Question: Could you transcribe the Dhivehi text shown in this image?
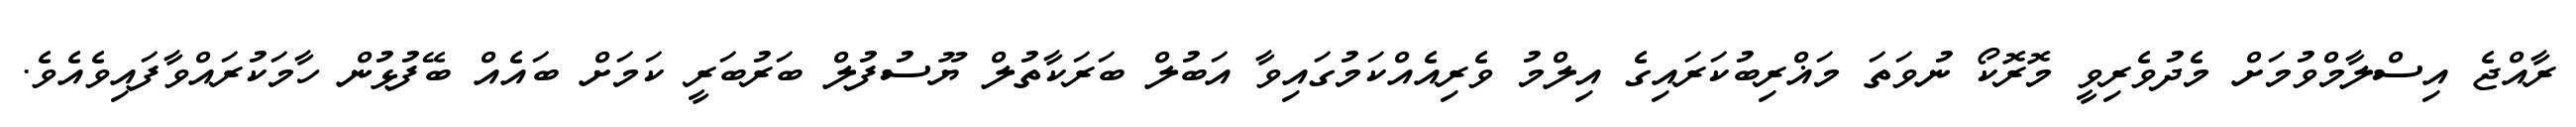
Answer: ރާއްޖެ އިސްލާމްވުމަށް މެދުވެރިވީ މޮރޮކޯ ނުވަތަ މަޣްރިބުކަރައިގެ އިލްމު ވެރިއެއްކަމުގައިވާ އަބުލް ބަރަކާތުލް ޔޫސުފުލް ބަރުބަރީ ކަމަށް ބައެއް ބޭފުޅުން ހާމަކުރައްވާފައިވެއެވެ.